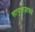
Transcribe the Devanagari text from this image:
सापुताऱ्याकडे